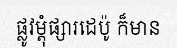
ផ្លូវម្តុំផ្សារដេប៉ូ ក៏មាន